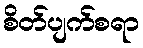
စိတ်ပျက်စရာ